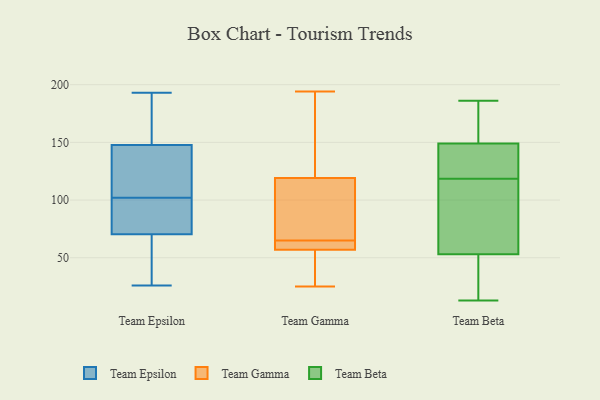
{"axis": {"x": "Conversion Rate (%)", "y": "Value"}, "legend": ["Team Beta", "Team Epsilon", "Team Gamma"], "data": [{"x": "", "y": 102, "type": "Team Epsilon"}, {"x": "", "y": 141, "type": "Team Epsilon"}, {"x": "", "y": 164, "type": "Team Epsilon"}, {"x": "", "y": 84, "type": "Team Epsilon"}, {"x": "", "y": 120, "type": "Team Epsilon"}, {"x": "", "y": 140, "type": "Team Epsilon"}, {"x": "", "y": 70, "type": "Team Epsilon"}, {"x": "", "y": 26, "type": "Team Epsilon"}, {"x": "", "y": 34, "type": "Team Epsilon"}, {"x": "", "y": 74, "type": "Team Epsilon"}, {"x": "", "y": 59, "type": "Team Epsilon"}, {"x": "", "y": 71, "type": "Team Epsilon"}, {"x": "", "y": 150, "type": "Team Epsilon"}, {"x": "", "y": 168, "type": "Team Epsilon"}, {"x": "", "y": 193, "type": "Team Epsilon"}, {"x": "", "y": 63, "type": "Team Gamma"}, {"x": "", "y": 103, "type": "Team Gamma"}, {"x": "", "y": 57, "type": "Team Gamma"}, {"x": "", "y": 44, "type": "Team Gamma"}, {"x": "", "y": 63, "type": "Team Gamma"}, {"x": "", "y": 25, "type": "Team Gamma"}, {"x": "", "y": 119, "type": "Team Gamma"}, {"x": "", "y": 64, "type": "Team Gamma"}, {"x": "", "y": 114, "type": "Team Gamma"}, {"x": "", "y": 173, "type": "Team Gamma"}, {"x": "", "y": 170, "type": "Team Gamma"}, {"x": "", "y": 28, "type": "Team Gamma"}, {"x": "", "y": 194, "type": "Team Gamma"}, {"x": "", "y": 66, "type": "Team Gamma"}, {"x": "", "y": 128, "type": "Team Beta"}, {"x": "", "y": 149, "type": "Team Beta"}, {"x": "", "y": 186, "type": "Team Beta"}, {"x": "", "y": 88, "type": "Team Beta"}, {"x": "", "y": 53, "type": "Team Beta"}, {"x": "", "y": 175, "type": "Team Beta"}, {"x": "", "y": 109, "type": "Team Beta"}, {"x": "", "y": 13, "type": "Team Beta"}, {"x": "", "y": 41, "type": "Team Beta"}, {"x": "", "y": 131, "type": "Team Beta"}]}